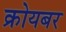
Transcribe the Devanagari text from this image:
क्रोयबर